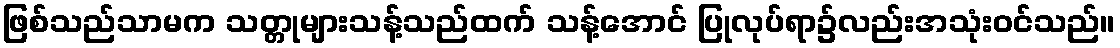
ဖြစ်သည်သာမက သတ္တုများသန့်သည်ထက် သန့်အောင် ပြုလုပ်ရာ၌လည်းအသုံးဝင်သည်။